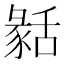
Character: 𦧬